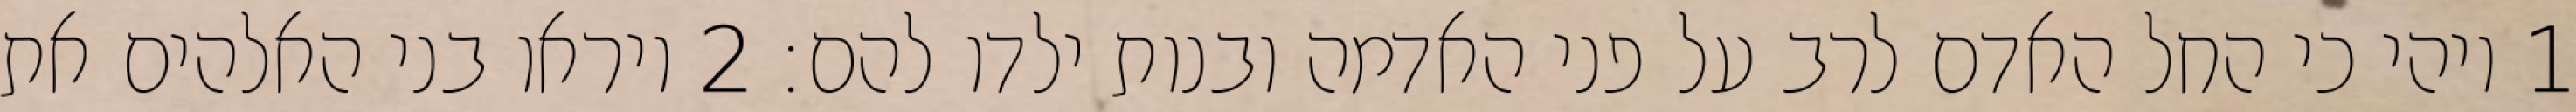
1 ויהי כי החל האדם לרב על פני האדמה ובנות ילדו להם׃ ‎2‏ ויראו בני האלהים את